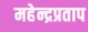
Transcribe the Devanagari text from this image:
महेन्द्रप्रताप